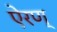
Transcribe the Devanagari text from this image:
ऐरण्